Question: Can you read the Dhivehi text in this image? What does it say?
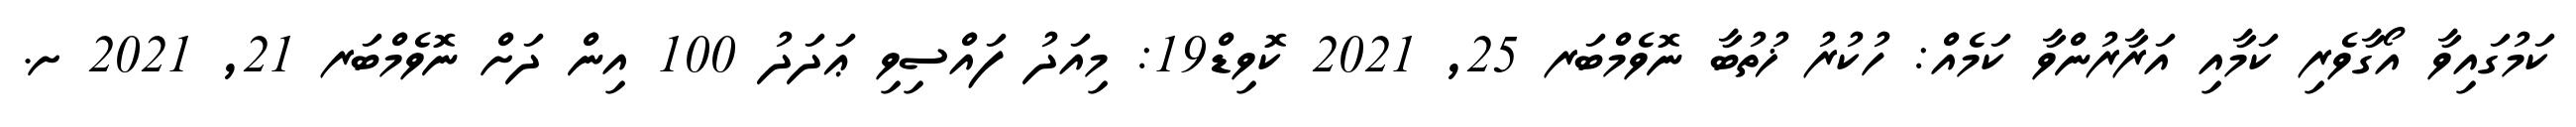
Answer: ކަމުގައިވާ އޯގާވެރި ކަމާއި އަރާރުންވާ ކަމެއް: ހުކުރު ޚުތުބާ ނޮވެމްބަރ 25, 2021 ކޮވިޑް19: މިއަދު ފައްސިވި ޢަދަދު 100 އިން ދަށް ނޮވެމްބަރ 21, 2021 ށ.